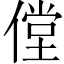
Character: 㑽